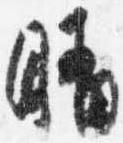
晴